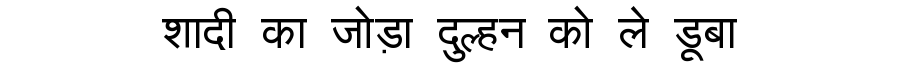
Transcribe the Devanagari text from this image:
शादी का जोड़ा दुल्हन को ले डूबा